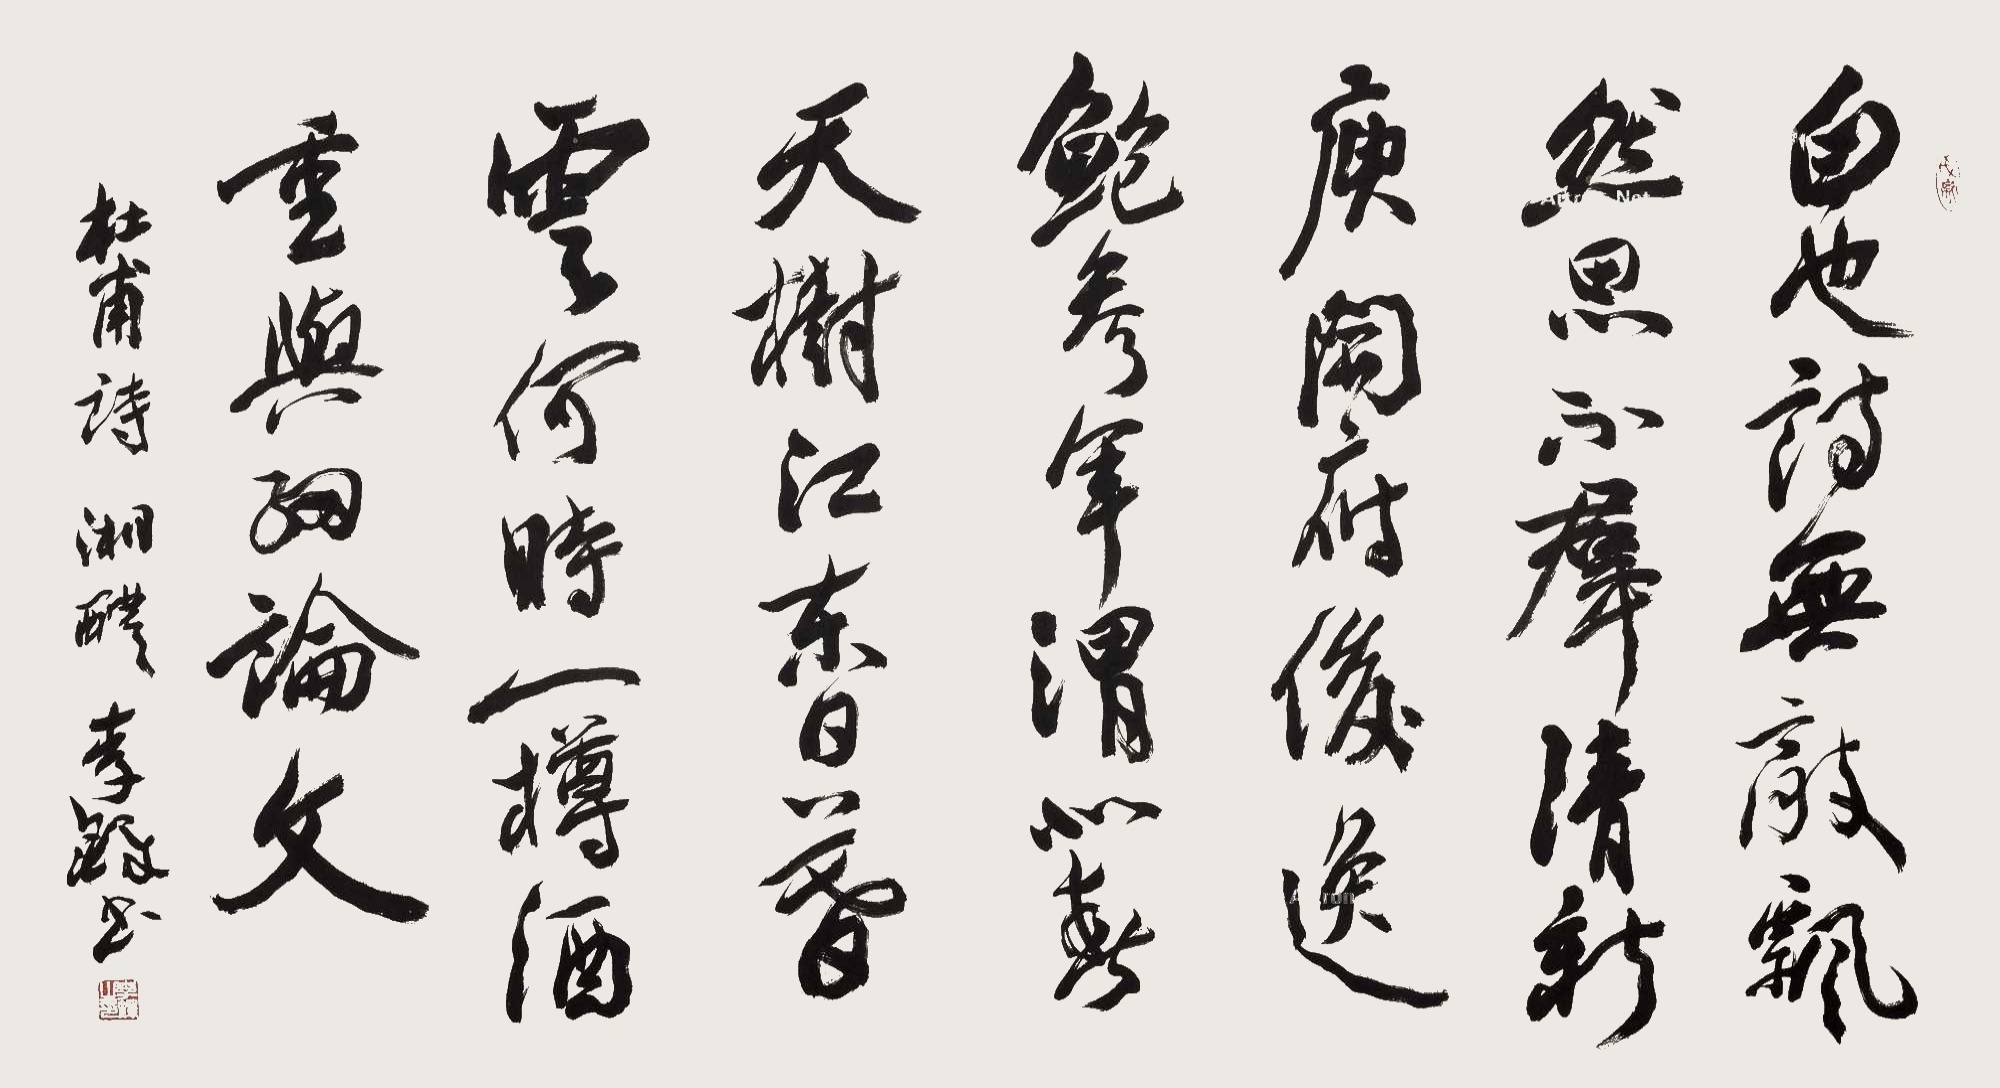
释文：白也诗无敌，飘然思不群。清新庾开府，俊逸鲍参军。渭北春天树，江东日暮云。何时一樽酒，重与细论文。杜甫诗，湘醴李铎书。